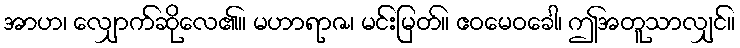
အာဟ၊ လျှောက်ဆိုလေ၏။ မဟာရာဇ၊ မင်းမြတ်။ ဧဝမေဝခေါ၊ ဤအတူသာလျှင်။